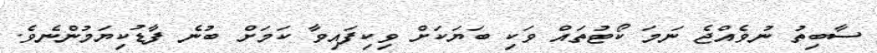
ސާބިތު ނުވެއްޖެ ނަމަ ކޯޓުތައް ވަކި ބަޔަކަށް ވިކިފައިވާ ކަމަށް ބުނެ ފާޑުކިޔަމުންނެވެ.